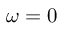
\omega = 0